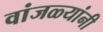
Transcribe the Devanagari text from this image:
वांजळ्यांनी